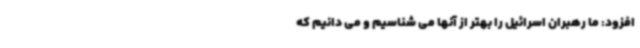
افزود: ما رهبران اسرائیل را بهتر از آنها می شناسیم و می دانیم که